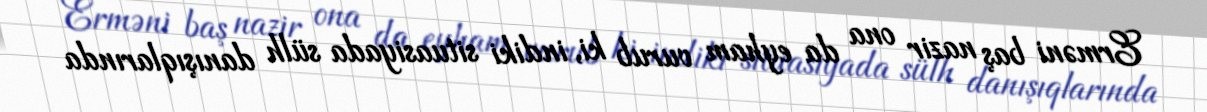
Erməni baş nazir ona da eyham vurub ki, indiki situasiyada sülh danışıqlarında